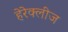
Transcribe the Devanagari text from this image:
हेरेक्लीज